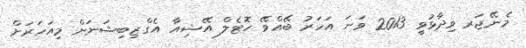
މެނޭޖަރ ވިދާޅުވީ 2013 ވަނަ އަހަރު ބޭއްވޭ ހޮޓެލް އޭޝިއާ އެގްޒިބިޝަނަށް މިއަހަރަށް